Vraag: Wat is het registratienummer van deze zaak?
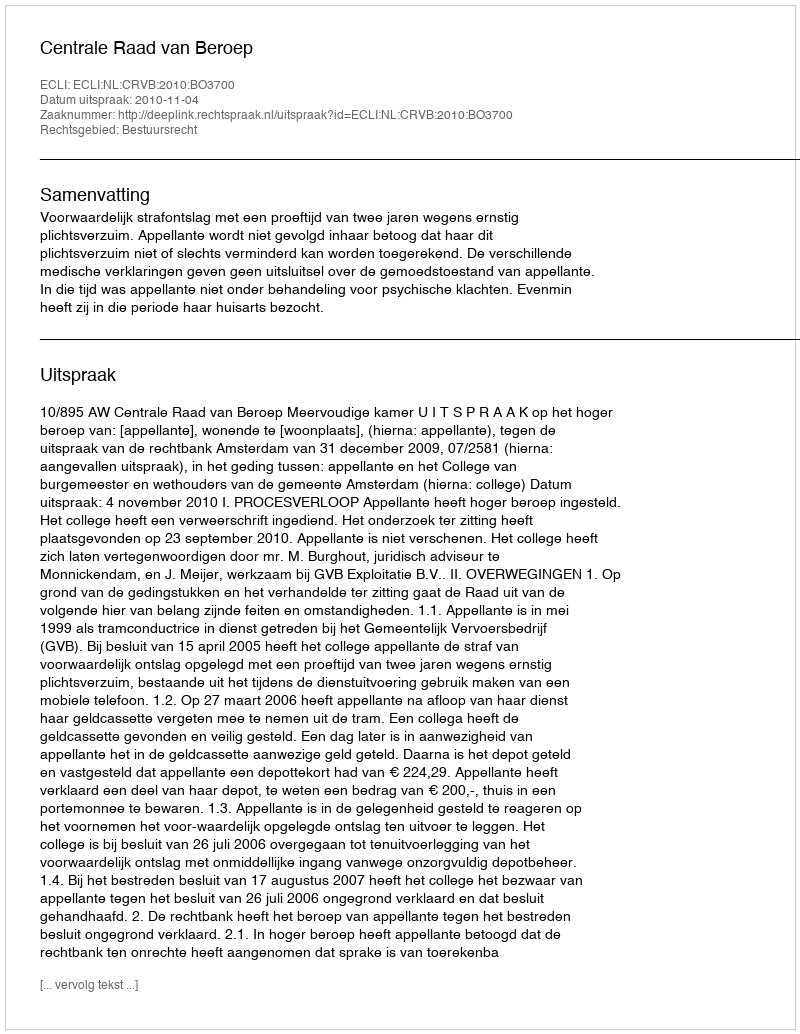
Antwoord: http://deeplink.rechtspraak.nl/uitspraak?id=ECLI:NL:CRVB:2010:BO3700